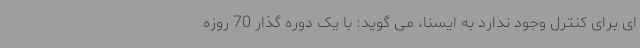
ای برای کنترل وجود ندارد به ایسنا، می گوید: با یک دوره گذار 70 روزه